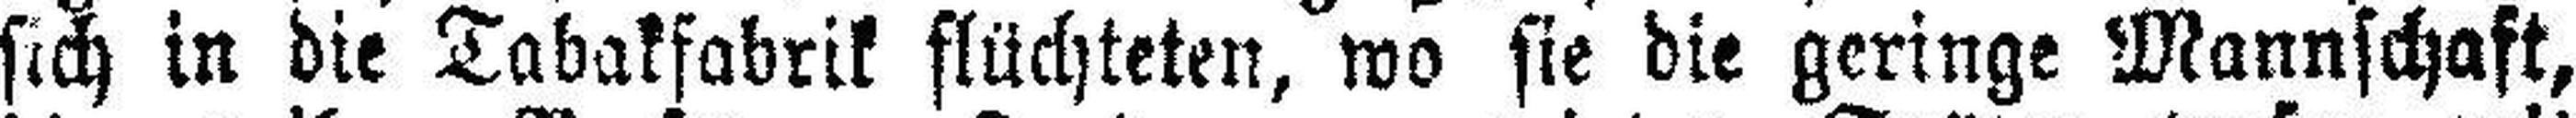
sich in die Tabakfabrik flüchteten, wo sie die geringe Mannschaft,